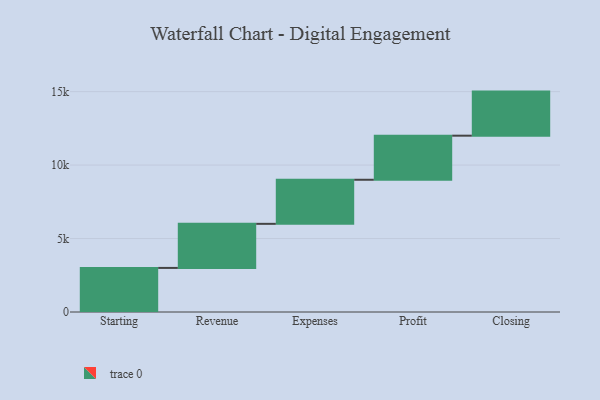
{"axis": {"x": "Step", "y": "Value"}, "legend": [""], "data": [{"x": "Starting", "y": 3000, "type": ""}, {"x": "Revenue", "y": 3000, "type": ""}, {"x": "Expenses", "y": 3000, "type": ""}, {"x": "Profit", "y": 3000, "type": ""}, {"x": "Closing", "y": 3000, "type": ""}]}